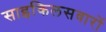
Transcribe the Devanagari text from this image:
साइकिलसवारों